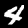
Label: 4